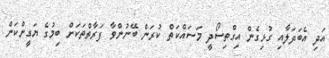
އަދި އެބަދަލާއި ގުޅިގެން އިގްތިސޯދީ މަސައްކަތް ކުރަން ބޭނުންވާ ފަރާތްތަކަށް ބިމުގެ ޔަގީންކަން